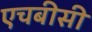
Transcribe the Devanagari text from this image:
एचबीसी